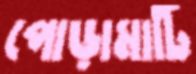
পোড়ামাটি